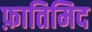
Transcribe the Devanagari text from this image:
फ़ातिमिद